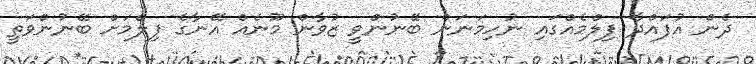
ދެން އުފައްދާ ފިލްމެއްގައި ނުހިމަނަން ބޭނުންވީ ޒުވާން މޫނެއް އޭނާގެ ފިލްމަށް ބޭނުންވަތީ